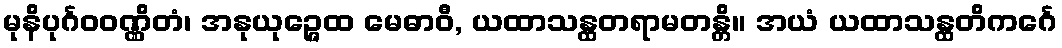
မုနိပုင်္ဂဝဝဏ္ဏိတံ၊ အနုယုဉ္ဇေထ မေဓာဝီ, ယထာသန္ထတရာမတန္တိ။ အယံ ယထာသန္ထတိကင်္ဂေ